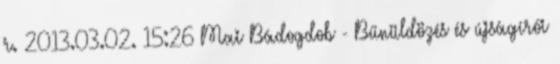
r. 2013.03.02. 15:26 Mai Bádogdob - Bűnüldözés és újságírói